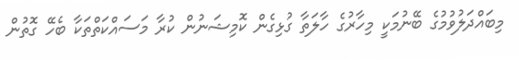
މިބައްދަލުވުމުގެ ބޭނުމަކީ މިހާރުގެ ހާލަތާ ގުޅިގެން ކޮމިޝަނުން ކުރާ މަސައްކަތްތަކާ ބެހޭ ގޮތުން